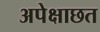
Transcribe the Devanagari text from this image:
अपेक्षाछत